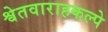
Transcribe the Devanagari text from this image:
श्वेतवाराहकल्पे